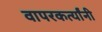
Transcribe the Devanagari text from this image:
वापरकर्त्यांनी